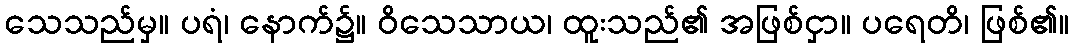
သေသည်မှ။ ပရံ၊ နောက်၌။ ဝိသေသာယ၊ ထူးသည်၏ အဖြစ်ငှာ။ ပရေတိ၊ ဖြစ်၏။